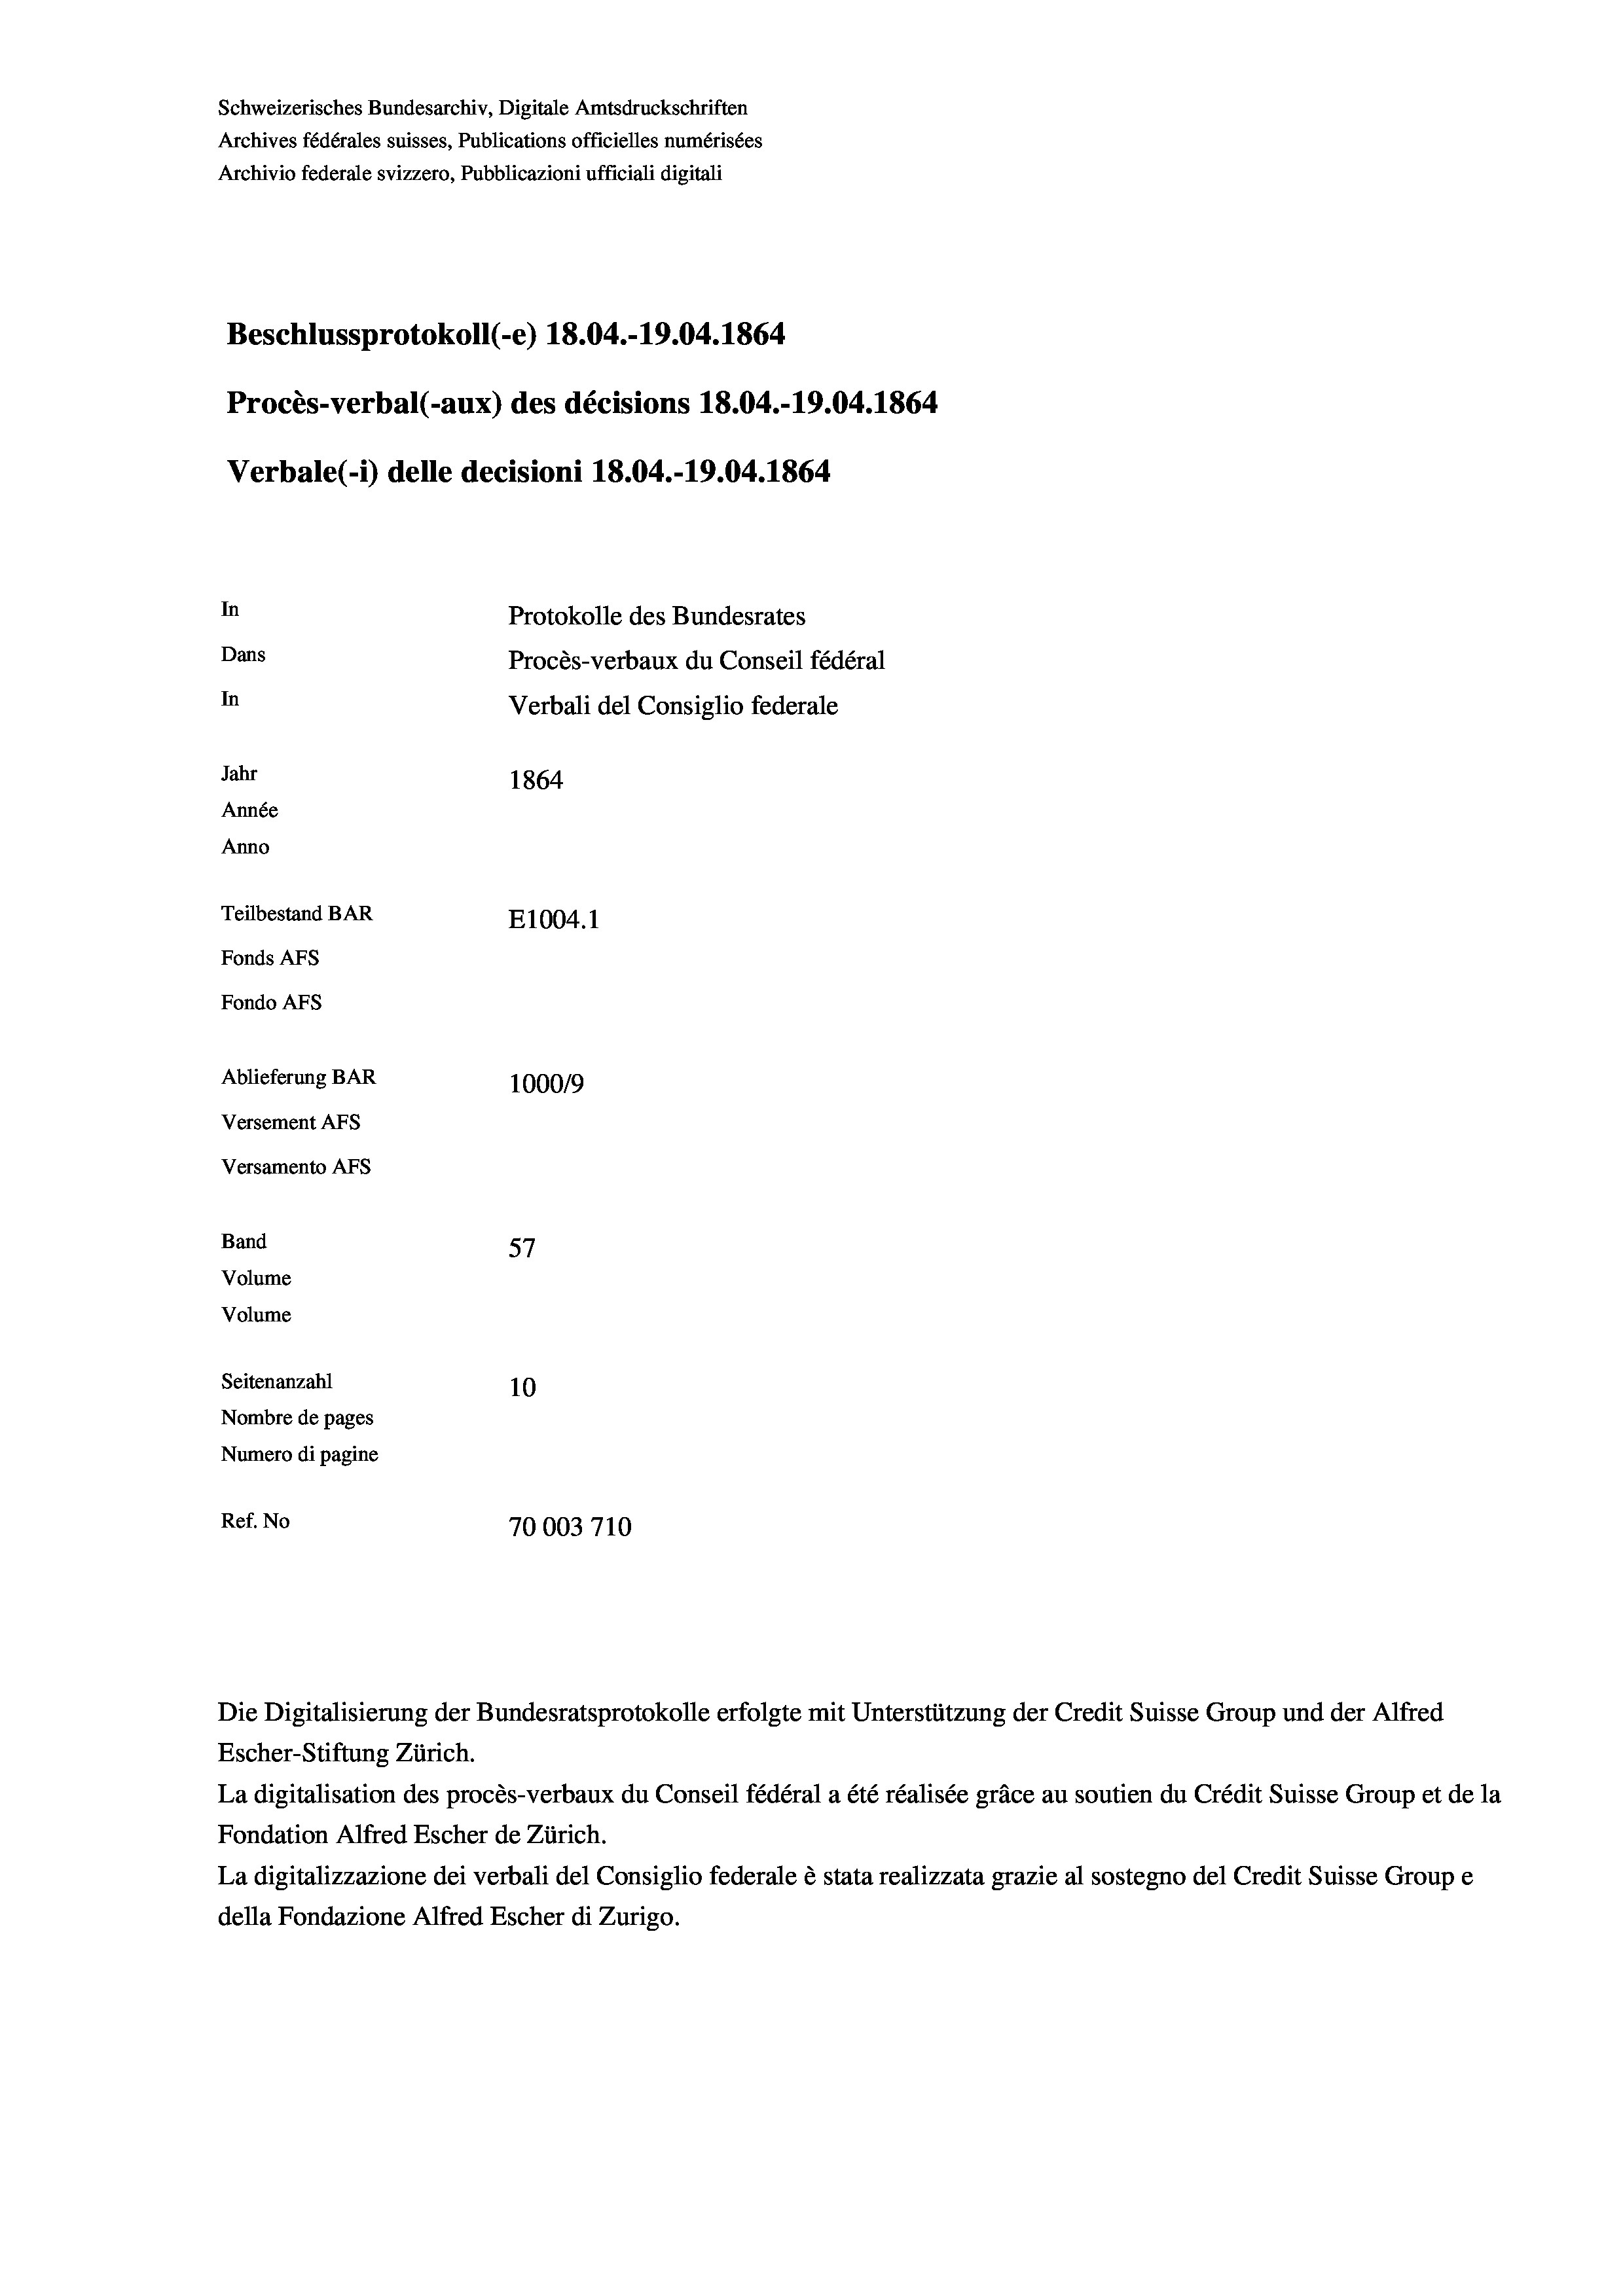
Schweizerisches Bundesarchiv, Digitale Amtsdruckschriften
Archives fédérales suisses, Publications officielles numérisées
Archivio federale svizzero, Pubblicazioni ufficiali digitali
Beschlussprotokoll (-e) 18.04.-19.04. 1864
Procès-verbal (-aux) des décisions 18.04.-19.04. 1864
Verbale (i) delle decisioni 18.04.-19.04. 1864
In
Protokolle des Bundesrates
Dans
Procès-verbaux du Conseil fédéral
In
Verbali del Consiglio federale
Jahr
1864
Année
Anno
Teilbestand BAR
E1004.1
Fonds AFs
Fondo AFS
Ablieferung BAR
100019
Versement AFs
Versamento AFs
f
Band
57
Volume
Volume
Seitenanzahl
10
Nombre de pages
Numero di pagine
Ref. No
70003710

La digitalisation des procès-verbaux du Conseil fédéral a été réalisée gräce au soutien du Crédit Suisse Group et de la
Fondation Alfred Escher de Zürich.
La digitalizzazione dei verbali del Consiglio federale è stata realizzata grazie al sostegno del Credit Suisse Groupe
della Fondazione Alfred Escher di Zurigo.

Die Digitalisierung der Bundesratsprotokolle erfolgte mit Unterstützung der Credit Suisse Group und der Alfred
Escher-Stiftung Zürich.